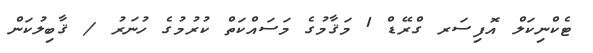
ޓެކްނިކަލް އޮފިސަރ ގްރޭޑް 1 މަޤާމުގެ މަސައްކަތް ކުރުމުގެ ހުނަރު / ޤާބިލުކަން